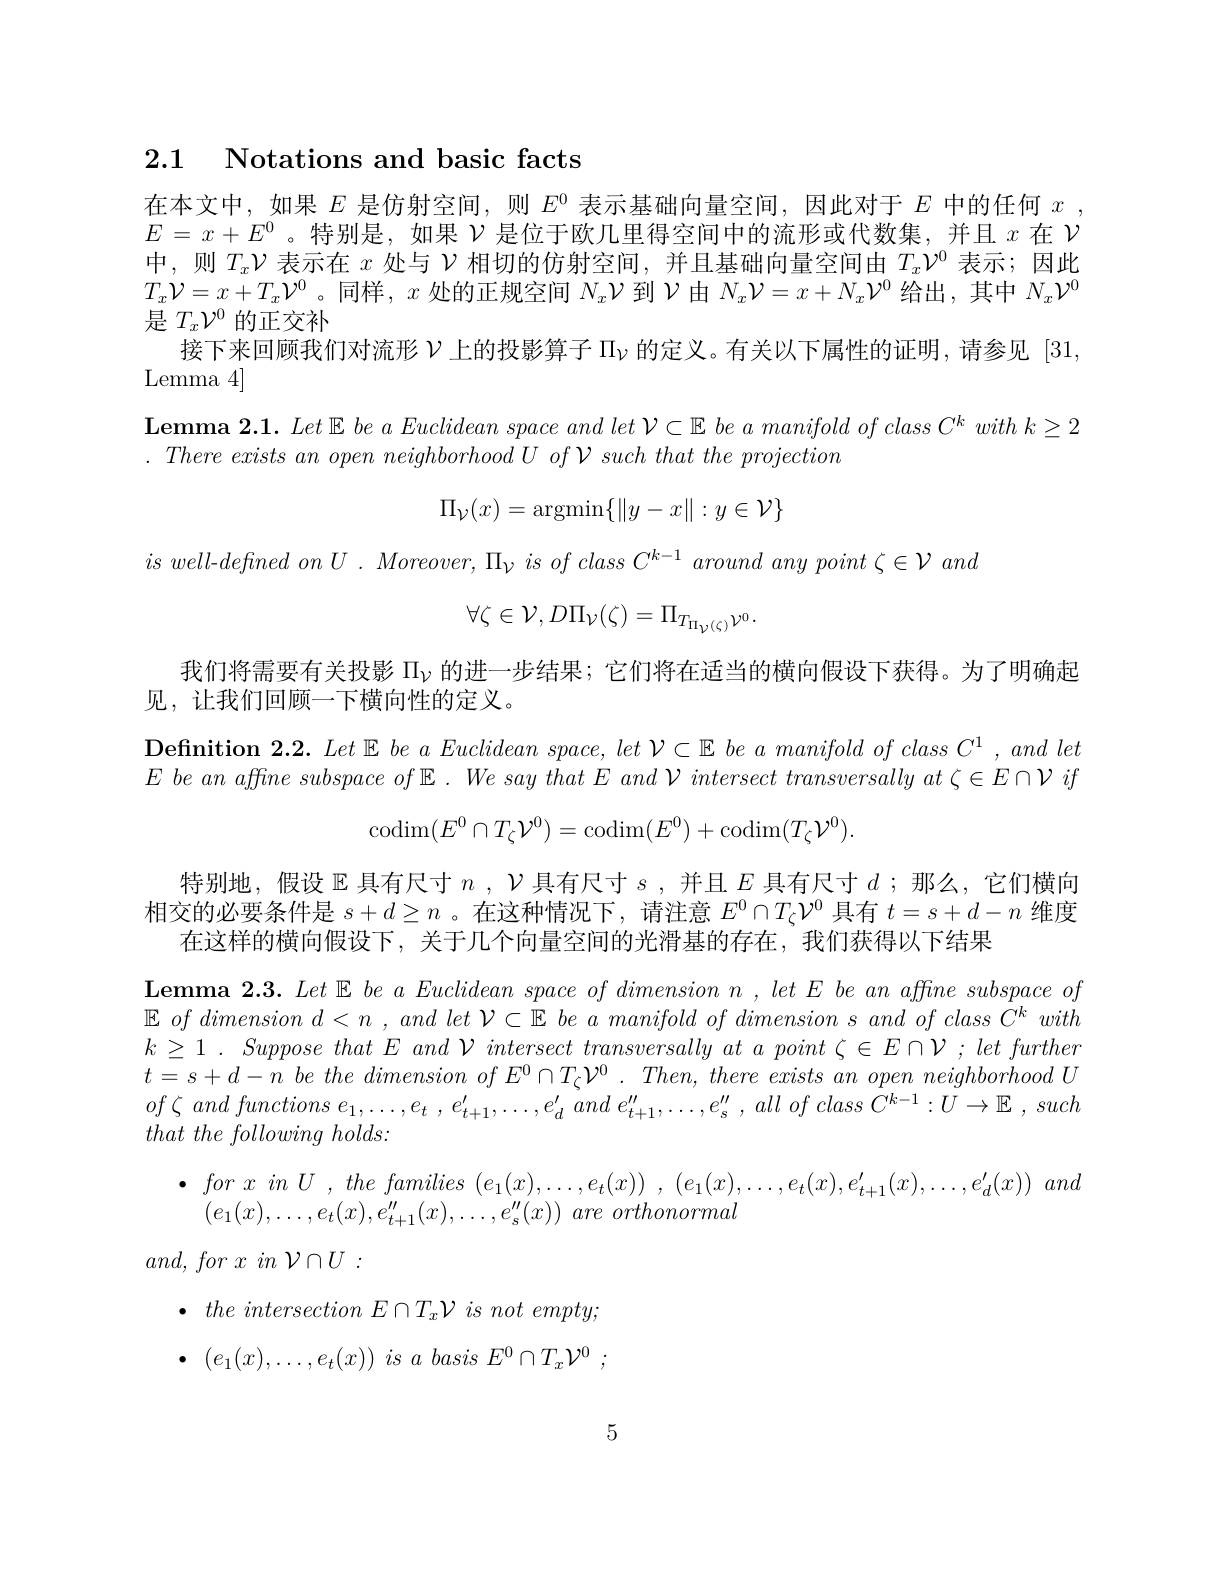
2.1 Notations and basic facts

在本文中，如果$E$是仿射空间，则$E^0$表示基础向量空间，因此对于$E$中的任何$x$, $E=x+E^0$。特别是，如果$\mathcal{V}$是位于欧几里得空间中的流形或代数集，并且$x$在$\mathcal{V}$ 中，则$T_x\mathcal{V}$表示在$x$处与$\mathcal{V}$相切的仿射空间，并且基础向量空间由$T_x\mathcal{V}^0$表示；因此$T_x\mathcal{V}=x+T_x\mathcal{V}^0$。同样，$x$处的正规空间$N_x\mathcal{V}$到$\mathcal{V}$由 $N_x\mathcal{V} = x+ N_x\mathcal{V} ^0$给出，其中$N_x\mathcal{V}^0$ 是$T_x\mathcal{V}^{0}$的正交补
接下来回顾我们对流形$\nu_\mathrm{~上的投影算子~\Pi}_{\nu}$的定义。有关以下属性的证明，请参见 [31
Lemma 4]

$\textbf{Lemma 2. 1. Let }\mathbb{E} \textit{be a Euclidean space and let }\mathcal{V} \subset \mathbb{E} \textit{be a manifold of class C}^{k}with k\geq 2$
$. \textit{There exists an open neighborhood U of V such that the projection}$
$$\Pi_{\mathcal{V}}(x)=\operatorname{argmin}\{\|y-x\|:y\in\mathcal{V}\}$$
$is$ $well- defined$ $on$ $U$ . $Moreover$, $\Pi _{\nu }$ $is$ $of$ class $C^{k- 1}$ around any point $\zeta \in \mathcal{V}$ and
$$\forall\zeta\in\mathcal{V},D\Pi_{\mathcal{V}}(\zeta)=\Pi_{T_{\Pi_{\mathcal{V}}(\zeta)}\mathcal{V}^{0}}.$$
我们将需要有关投影$\Pi_\mathrm{\nu}$的进一步结果；它们将在适当的横向假设下获得。为了明确起
见，让我们回顾一下横向性的定义。
$\begin{array}{l}\textbf{Definition 2.2. Let \mathbb{E} be a Euclidean space, let }\mathcal{V}\subset\mathbb{E}\:be\:a\:manifold\:of\:class\:C^{1}\:,\:and\:let\\E\:be\:an\:affne\:subspace\:of\:\mathbb{E}\:.\:We\:say\:that\:E\:and\:\mathcal{V}\:intersect\:transversally\:at\:\zeta\in E\cap\mathcal{V}\:if\end{array}$
$$\begin{matrix}\mathrm{codim}(E^0\cap T_\zeta\mathcal{V}^0)=\mathrm{codim}(E^0)+\mathrm{codim}(T_\zeta\mathcal{V}^0).\end{matrix}$$
特别地，假设$\mathbb{E}$具有尺寸$n,\mathcal{V}$具有尺寸$s$,并且$E$具有尺寸$d;$那么，它们横向相交的必要条件是$s+d\geq n$ 。在这种情况下，请注意$E^0\cap T_{\zeta}\mathcal{V}^{0}$具有$t=s+d-n$维度
在这样的横向假设下，关于几个向量空间的光滑基的存在，我们获得以下结果
$\textbf{Lemma 2.3. Let \mathbb{E} be a Euclidean space of dimension n , let E be an affine subspace of}$ $\mathbb{E}\textit{ of dimension d < n , and let V \subset \mathbb{E} be a manifold of dimension s and of class C' with }$ $k\geq 1. \textit{ Suppose that E and }\mathcal{V} intersect\textit{ transversally at a point }\zeta \in E\cap \mathcal{V} ; \textit{ let further}$ $t= s+ d- n\textit{ be the dimension of E}^{0}\cap T_{\zeta }\mathcal{V} ^{0}. \textit{ Then, there exists an open neighborhood U}$ $of\zeta$ and functions $e_{1}, \ldots , e_{t}$ $, e_{t+ 1}^{\prime }, \ldots , e_{d}^{\prime }$ and $e_{t+ 1}^{\prime \prime }, \ldots , e_{s}^{\prime \prime }$ , all $of$ class $\hat{C} ^{k- 1}: U\rightarrow \mathbb{E}$ , such $that\textit{ the following holds: }$
$\bullet$ for $x$ $in$ $U$ , the families $( e_{1}( x) , \ldots , e_{t}( x) )$ , $( e_{1}( x) , \ldots , e_{t}( x) , e_{t+ 1}^{\prime }( x) , \ldots , e_{d}^{\prime }( x) )$ and
$( e_1( x) , \ldots , e_t( x) , e_{t+ 1}^{\prime \prime }( x) , \ldots , e_s^{\prime \prime }( x) ) \textit{ are orthonormal}$
$and$, for $x$ $in$ $\mathcal{V} \cap U$ :

$\bullet$ the intersection $E\cap T_x\mathcal{V}$ $is$ not $empty;$

$\bullet$ $( e_1( x) , \ldots , e_t( x) )$ $is$ $a$ basis $E^0\cap T_x\mathcal{V} ^0$ ;

5